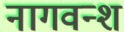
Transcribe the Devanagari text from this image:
नागवन्श